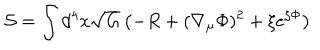
LaTeX: { \cal S } = \int d ^ { 4 } x \sqrt { G } \left( - R + ( \nabla _ { \mu } \Phi ) ^ { 2 } + \xi e ^ { \zeta \Phi } \right)